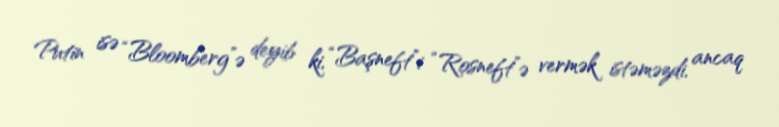
Putin isə “Bloomberg”ə deyib ki, “Başneft”i “Rosneft”ə vermək istəməzdi, ancaq